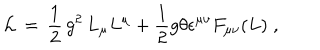
LaTeX: { \cal L } \, = \, \frac { 1 } { 2 } \, g ^ { 2 } \, L _ { \mu } L ^ { \mu } + \frac { 1 } { 2 } g \theta \epsilon ^ { \mu \nu } F _ { \mu \nu } ( L ) \; ,